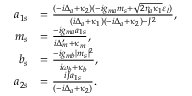
\begin{array} { r l } { a _ { 1 s } } & { = \frac { ( - i \Delta _ { a } + \kappa _ { 2 } ) ( - i g _ { m a } m _ { s } + \sqrt { 2 \eta _ { a } \kappa _ { 1 } } \varepsilon _ { l } ) } { ( i \Delta _ { a } + \kappa _ { 1 } ) ( - i \Delta _ { a } + \kappa _ { 2 } ) - J ^ { 2 } } , } \\ { m _ { s } } & { = \frac { - i g _ { m a } a _ { 1 s } } { i \Delta _ { m } ^ { \prime } + \kappa _ { m } } , } \\ { b _ { s } } & { = \frac { - i g _ { m b } | m _ { s } | ^ { 2 } } { i \omega _ { b } + \kappa _ { b } } , } \\ { a _ { 2 s } } & { = \frac { i J a _ { 1 s } } { ( - i \Delta _ { a } + \kappa _ { 2 } ) } . } \end{array}